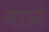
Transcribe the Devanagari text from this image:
नराने